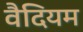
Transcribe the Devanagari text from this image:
वैदियम